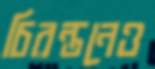
চিরন্তনেও